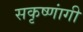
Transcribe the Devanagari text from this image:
सकृष्णांगी